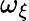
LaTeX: \omega_{\xi}